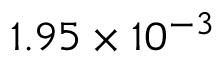
1 . 9 5 \times 1 0 ^ { - 3 }